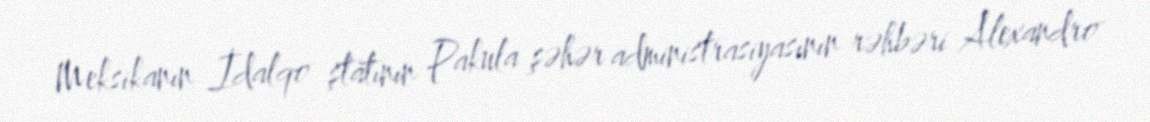
Meksikanın İdalqo ştatının Pakula şəhər administrasiyasının rəhbəri Alexandro